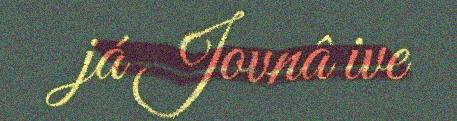
já Jovnâ ive